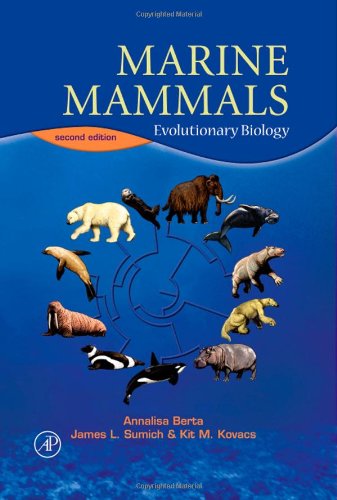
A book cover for Marine Mammals, Second Edition: Evolutionary Biology; Annalisa Berta; Science & Math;